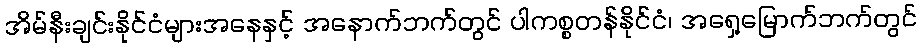
အိမ်နီးချင်းနိုင်ငံများအနေနှင့် အနောက်ဘက်တွင် ပါကစ္စတန်နိုင်ငံ၊ အရှေ့မြောက်ဘက်တွင်